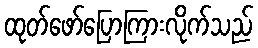
ထုတ်ဖော်ပြောကြားလိုက်သည်